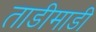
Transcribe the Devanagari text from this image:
ताडीमाडी